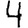
Digit: 4